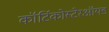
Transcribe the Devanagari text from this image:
कॉर्टिकोस्टेरऑयड